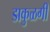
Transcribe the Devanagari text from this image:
डाकुळगी